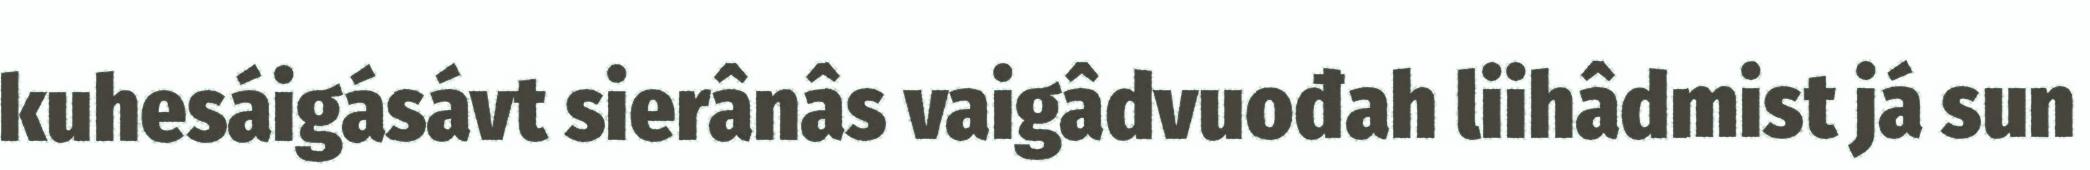
kuhesáigásávt sierânâs vaigâdvuođah liihâdmist já sun